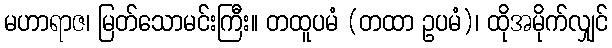
မဟာရာဇ၊ မြတ်သောမင်းကြီး။ တထူပမံ (တထာ ဥပမံ)၊ ထိုအမိုက်လျှင်